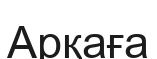
Арқаға